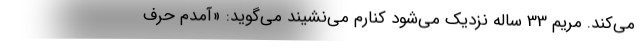
می‌کند. مریم 33 ساله نزدیک می‌شود کنارم می‌نشیند می‌گوید: «آمدم حرف